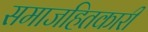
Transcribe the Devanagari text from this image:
समाजहितकारी